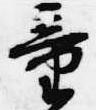
童